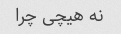
نه هیچی چرا